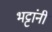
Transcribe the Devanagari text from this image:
भट्टांनीं